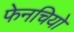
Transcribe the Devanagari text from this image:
फेनचियो